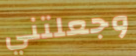
وجعلتني